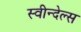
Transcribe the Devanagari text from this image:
स्वीन्देल्स